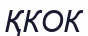
ҚКОК